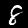
Digit: 8